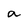
Character: a